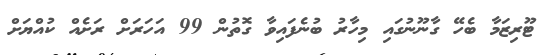
ޓޫރިޒަމާ ބެހޭ ގާނޫނުގައި މިހާރު ބުނެފައިވާ ގޮތުން 99 އަހަރަށް ރަށެއް ކުއްޔަށް